Trukikaitis_Postimees, lk 83
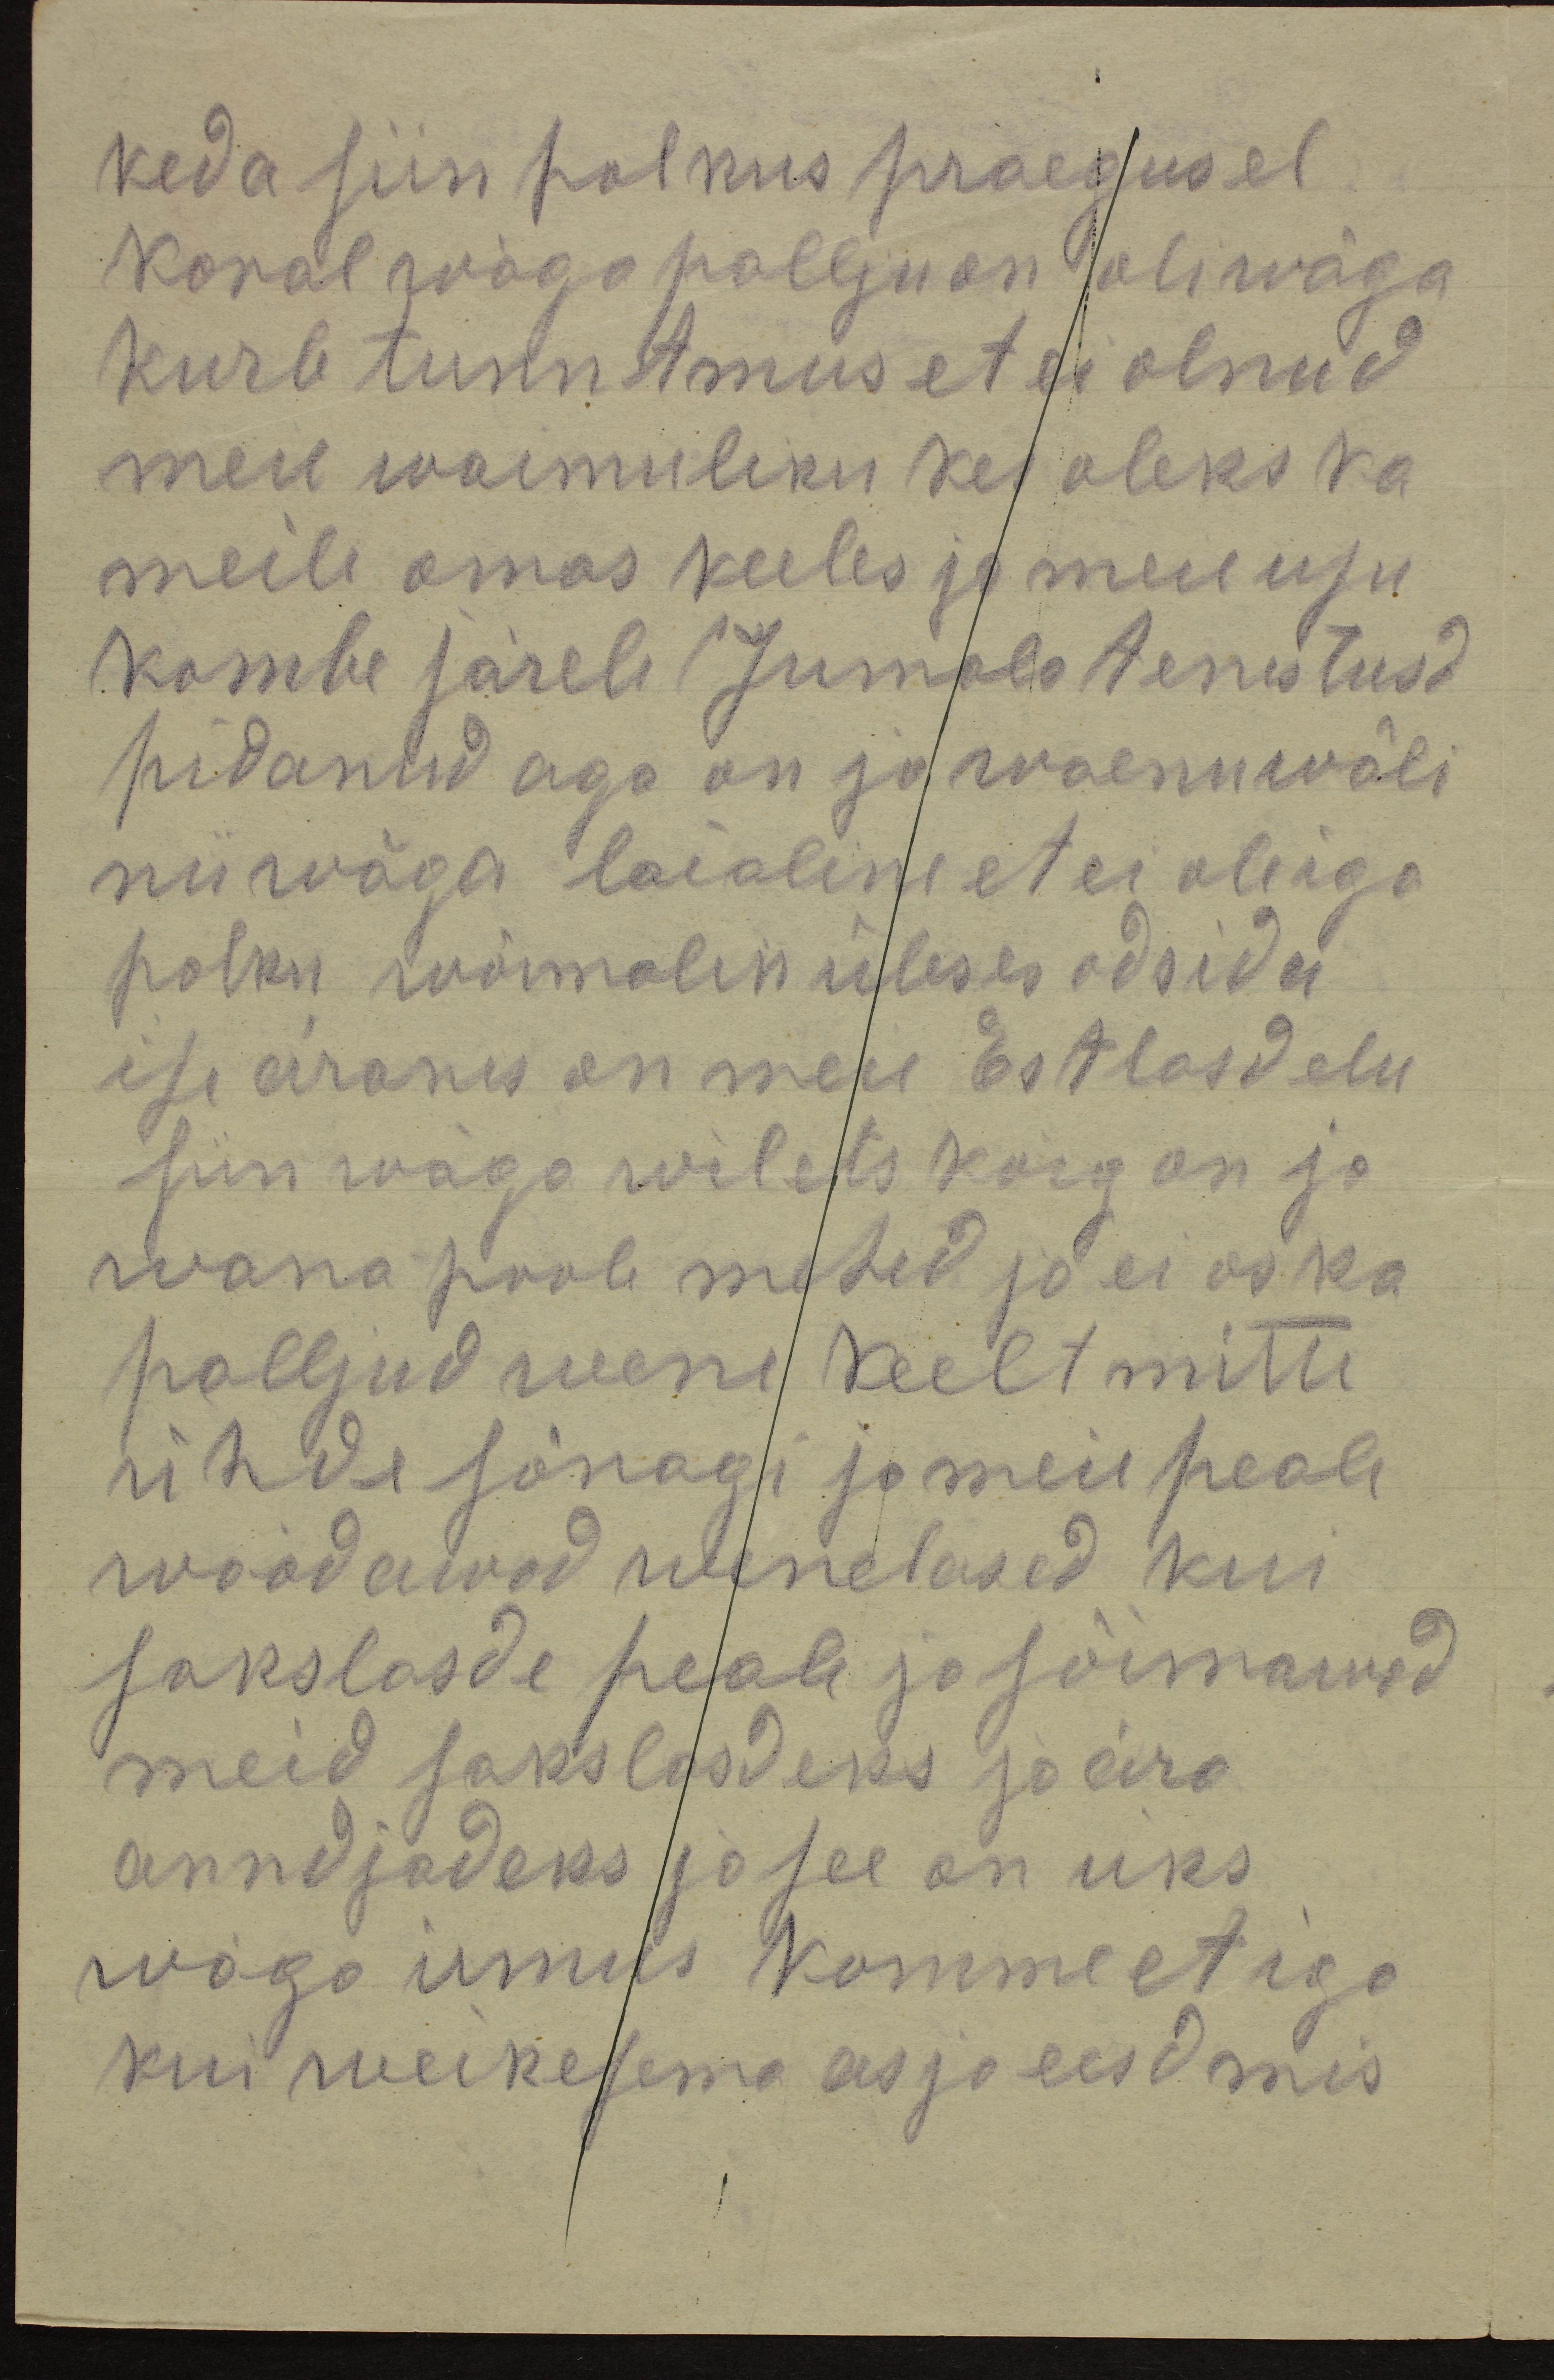
keda siin polkus praegusel
koral wäga pallju on oli wäga
kurb tunntmus et ei olnud
meil waimuliku kes oleks ka
meile omas keeles ja meie usu
kombe järele ( Jumala tenistusd
pidanud aga on jo waenuwäli
nii wäga laialine et ei ole iga
polku wõimalik üleses odsida
ise äranis on meie Estlasd elu
siin wäga wilets kõig on jo
wana poole mehed jo ei oska
palljud wene keelt mitte
ühde sõnagi ja meie peale
waadawad wenelased kui
sakslasde peale ja sõimawad
meid sakslasdeks ja ära
anndjadeks ja see on üks
wäga irmus komme et iga
kui weikesema asja eesd mis